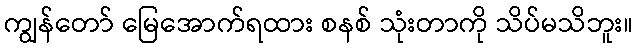
ကျွန်တော် မြေအောက်ရထား စနစ် သုံးတာကို သိပ်မသိဘူး။